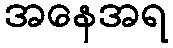
အနေအရ